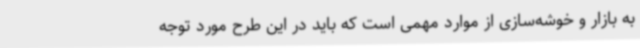
به بازار و خوشه‌سازی از موارد مهمی است که باید در این طرح مورد توجه